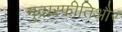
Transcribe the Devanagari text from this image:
मुद्रास्फीतिऔर